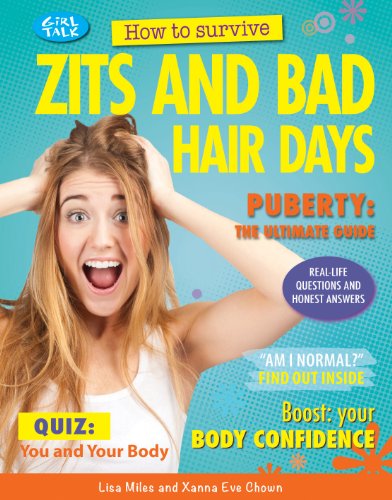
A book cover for How to Survive Zits and Bad Hair Days (Girl Talk (Rosen)); Lisa Miles; Teen & Young Adult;